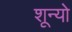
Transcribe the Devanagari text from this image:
शून्यो